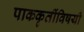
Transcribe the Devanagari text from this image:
पाककृतींविषयी